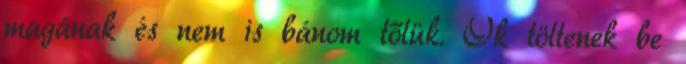
magának és nem is bánom tőlük. Ők töltenek be